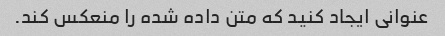
عنوانی ایجاد کنید که متن داده شده را منعکس کند.